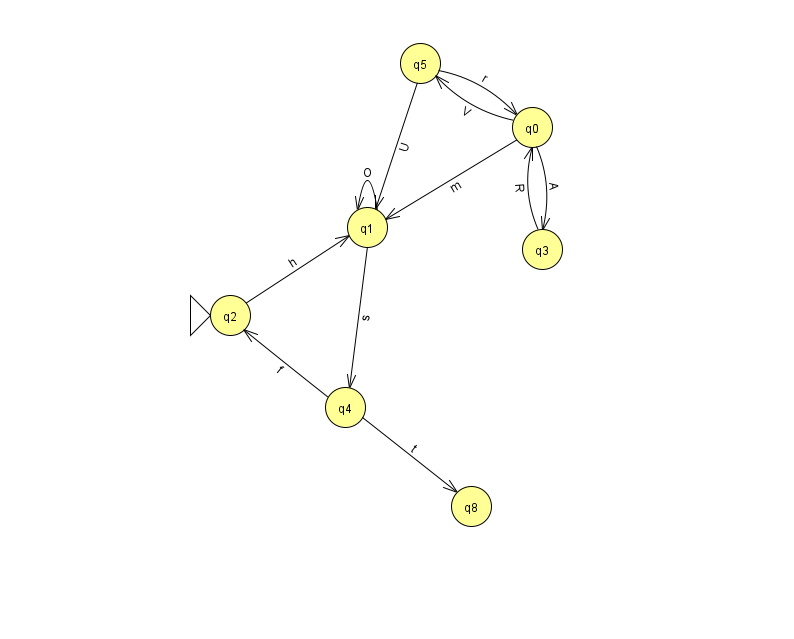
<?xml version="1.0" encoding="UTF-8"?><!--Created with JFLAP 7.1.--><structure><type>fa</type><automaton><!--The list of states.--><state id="0" name="q0"><x>532.0</x><y>114.0</y></state><state id="1" name="q1"><x>367.0</x><y>214.0</y></state><state id="2" name="q2"><x>230.0</x><y>302.0</y><initial/></state><state id="3" name="q3"><x>542.0</x><y>236.0</y></state><state id="4" name="q4"><x>345.0</x><y>394.0</y></state><state id="5" name="q5"><x>420.0</x><y>50.0</y></state><state id="8" name="q8"><x>471.0</x><y>493.0</y></state><!--The list of transitions.--><transition><from>3</from><to>0</to><read>R</read></transition><transition><from>5</from><to>0</to><read>r</read></transition><transition><from>0</from><to>3</to><read>A</read></transition><transition><from>0</from><to>1</to><read>m</read></transition><transition><from>0</from><to>5</to><read>V</read></transition><transition><from>1</from><to>4</to><read>s</read></transition><transition><from>4</from><to>2</to><read>f</read></transition><transition><from>4</from><to>8</to><read>t</read></transition><transition><from>5</from><to>1</to><read>U</read></transition><transition><from>1</from><to>1</to><read>O</read></transition><transition><from>2</from><to>1</to><read>h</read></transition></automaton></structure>